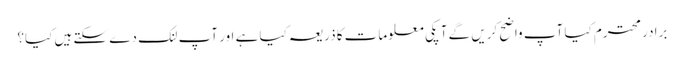
برادر محترم کیا آپ واضح کریں گے آ پکی معلومات کا ذریعہ کیا ہے اور آپ لنک دے سکتے ہیں کیا؟